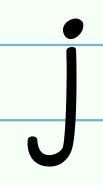
j